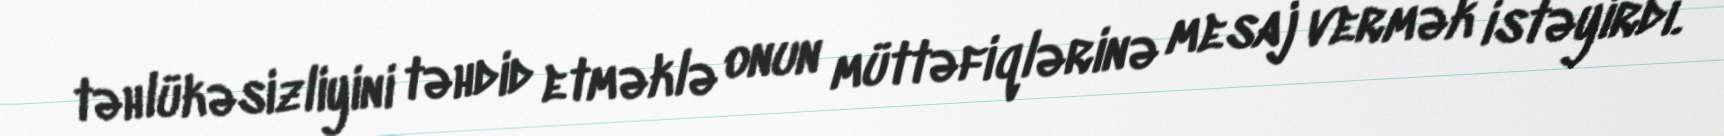
təhlükəsizliyini təhdid etməklə onun müttəfiqlərinə mesaj vermək istəyirdi.